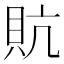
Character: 貥